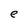
Character: e